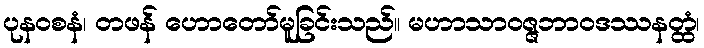
ပုနဝစနံ၊ တဖန် ဟောတော်မူခြင်းသည်။ မဟာသာဝဇ္ဇဘာဝဒဿနတ္ထံ၊